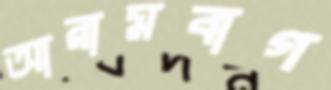
আরামবাগ